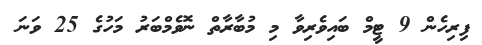
ފިރިހެން 9 ޓީމް ބައިވެރިވާ މި މުބާރާތް ނޮވެމްބަރު މަހުގެ 25 ވަނަ